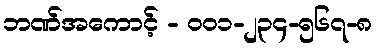
ဘဏ်အကောင့် - ၀၀၁-၂၃၄-၅၆၇-၈